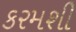
કરમશી